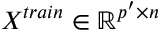
X ^ { t r a i n } \in \mathbb { R } ^ { p ^ { \prime } \times n }